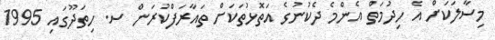
މިސާލަކަށް އެ ހިދުމަތް އެންމެ ދެކުނުގެ އަތޮޅުތަކަށް ތައާރަފްކުރަން ސ. ހިތަދޫގައި 1995